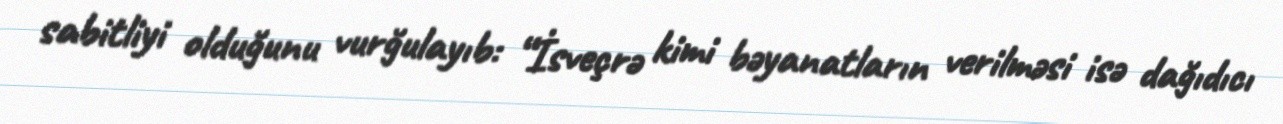
sabitliyi olduğunu vurğulayıb: “İsveçrə kimi bəyanatların verilməsi isə dağıdıcı